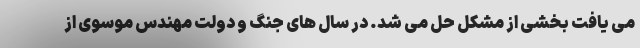
می یافت بخشی از مشکل حل می شد. در سال های جنگ و دولت مهندس موسوی از